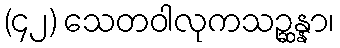
(၄၂) သေတဝါလုကသဉ္ဆန္နာ၊